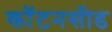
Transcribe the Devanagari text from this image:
कॉटनसीड